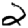
Digit: 2